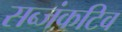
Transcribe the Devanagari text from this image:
सब्जंकटिव